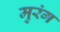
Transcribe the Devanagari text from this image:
मुरंग